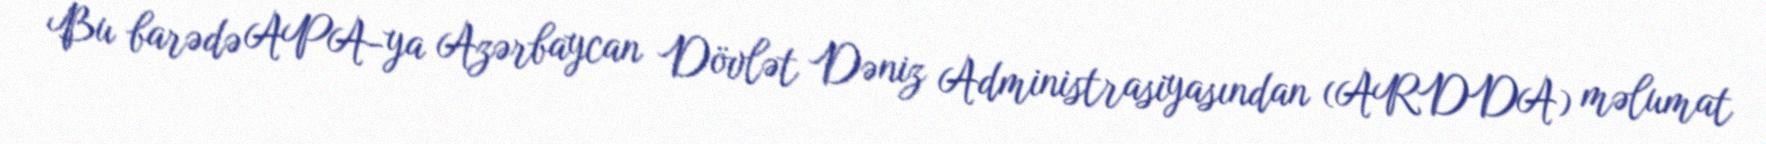
Bu barədə APA-ya Azərbaycan Dövlət Dəniz Administrasiyasından (ARDDA) məlumat